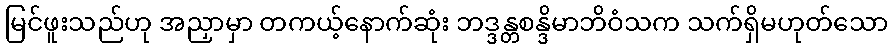
မြင်ဖူးသည်ဟု အညှာမှာ တကယ့်နောက်ဆုံး ဘဒ္ဒန္တစန္ဒိမာဘိဝံသက သက်ရှိမဟုတ်သော